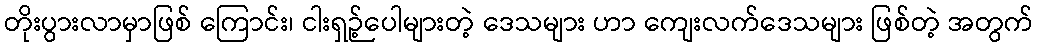
တိုးပွားလာမှာဖြစ် ကြောင်း၊ ငါးရှဉ့်ပေါများတဲ့ ဒေသများ ဟာ ကျေးလက်ဒေသများ ဖြစ်တဲ့ အတွက်